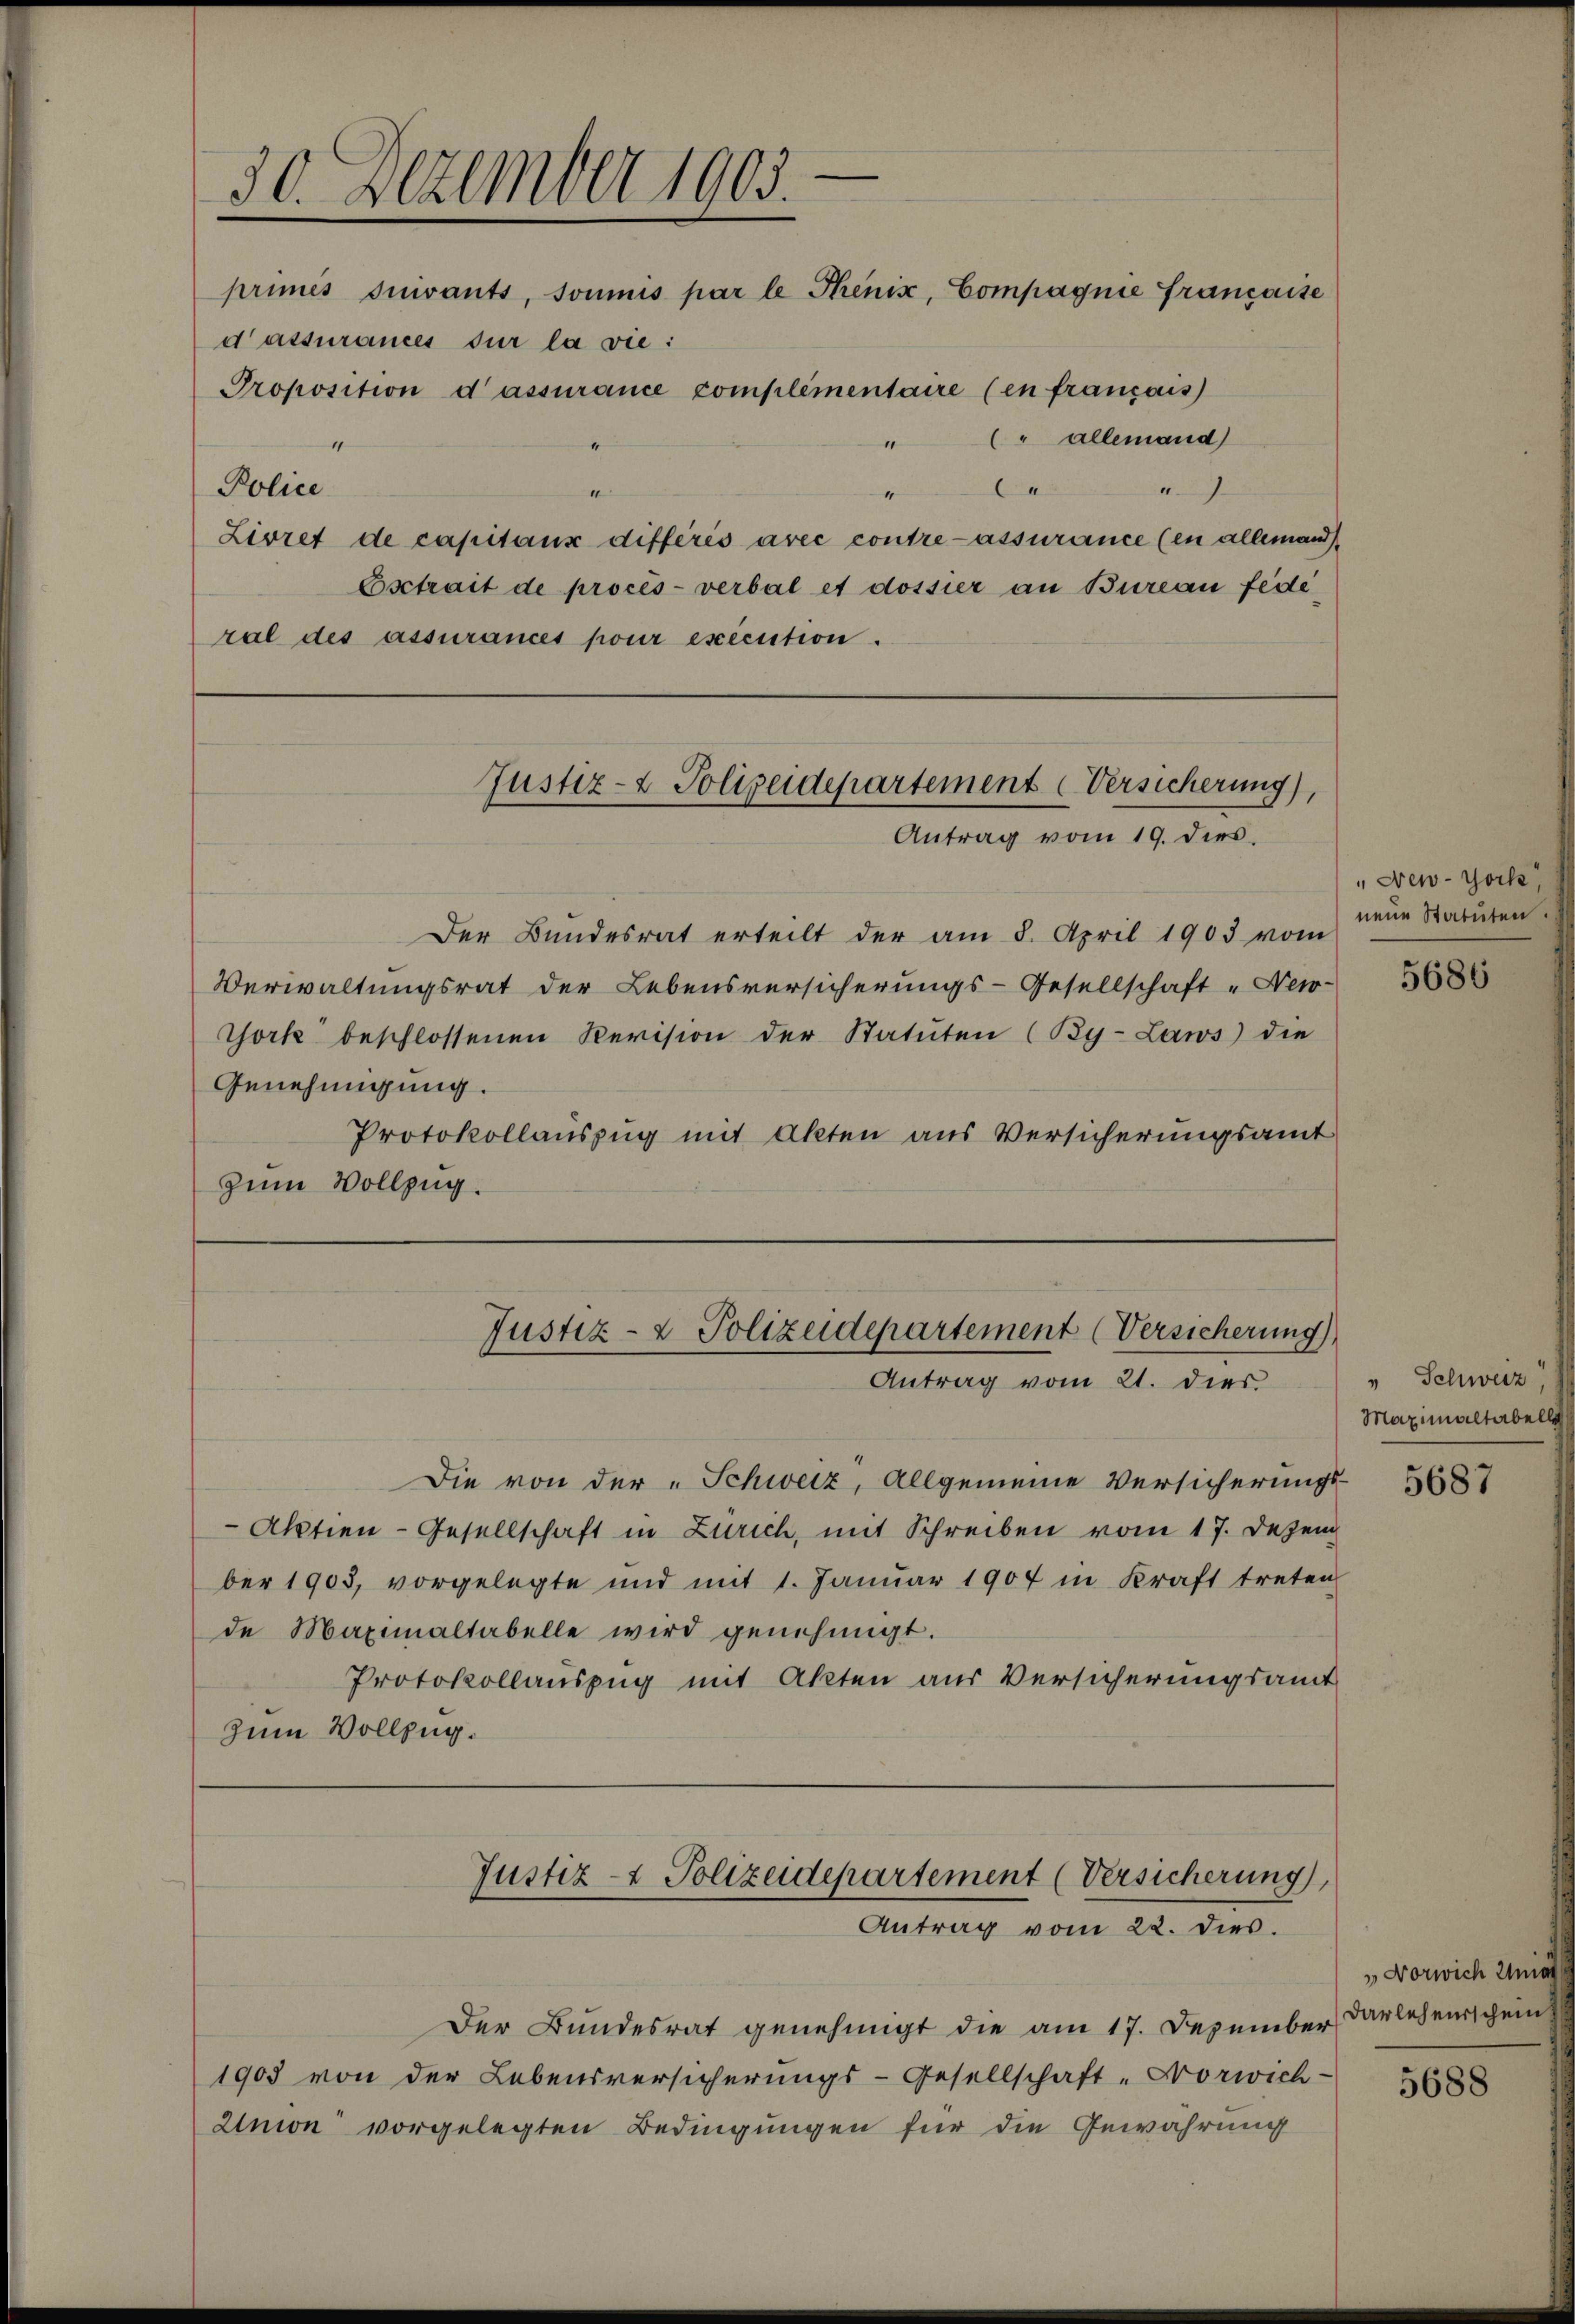
—
30. Dezember 1903.
primés suivants, soumis par le Thenix, Compagnie française

d’assurances sur la vie:
Proposition d’assurance complementaire (in francois
" allemand)
4
C
a
Police
Livret de capitaux différés avec contre assurance (in allemand
Esctrait de procès-verbal et dossier an Bureau fede
ral des assurances pour execution.

Justiz- & Polizeidepartement Versicherung),
Antrag vom 19. dies.

Der Bundesrat erteilt der am 8. April 1903 vom
Verwaltungsrat der Lebensversicherungs-Gesellschaft "New-
York beschlossenen Revision der Statuten (By-Laws) die
Genehmigung.
Protokollauszug mit Akten aus Versicherungsamt
zum Vollzug.

Justiz- & Polizeidepartement (Versicherung)
Antrag vom 21. dies

Der Bundesrat genehmigt die am 17. Dezember Darlehenschein
1903 von der Lebensversicherungs-Gesellschaft - Vorwich-
Union vorgelegten Bedingungen für die Gewährung

Die von der „Schweiz, Allgemeine Versicherungs¬
Aktien-Gesellschaft in Zürich, mit Schreiben vom 17. Dezem
ber 1903, vorgelegte und mit 1. Januar 1907 in Kraft treten
de Maximaltabelle wird genehmigt.
Protokollauszug mit Akten aus Versicherungsamt
zum Vollzug.

Justiz- & Polizeidepartement (Versicherung
Antrag vom 22. dies.

" New-York
neue Statuten

5686

" Schweiz
Maximaltabell

5687

Vorwich Wint

5688